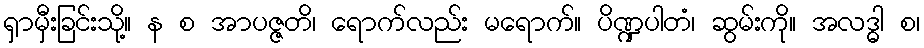
ရှာမှီးခြင်းသို့။ န စ အာပဇ္ဇတိ၊ ရောက်လည်း မရောက်။ ပိဏ္ဍပါတံ၊ ဆွမ်းကို။ အလဒ္ဓါ စ၊